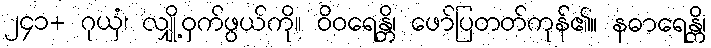
၂၄၁+ ဂုယှံ၊ လျှို့ဝှက်ဖွယ်ကို။ ဝိဝရေန္တိ၊ ဖော်ပြတတ်ကုန်၏။ နဓာရေန္တိ၊